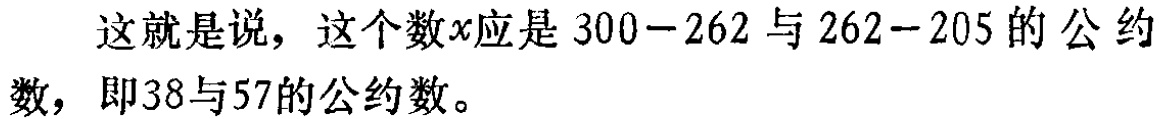
这就是说，这个数\(x\)应是 \(300 - 262\) 与 \(262 - 205\) 的公约数，即38与57的公约数。